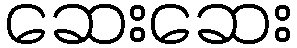
ဆေးဆေး